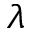
\lambda